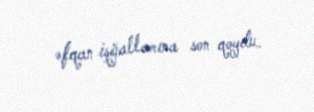
əfqan işğallarına son qoydu.